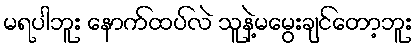
မရပါဘူး နောက်ထပ်လဲ သူနဲ့မမွေးချင်တော့ဘူး